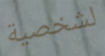
لشخصية